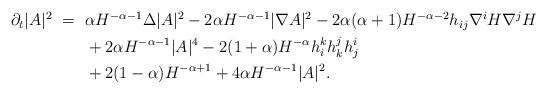
LaTeX: \begin{align*} \begin{aligned} \partial_t|A|^2~=~&\alpha H^{-\alpha-1}\Delta |A|^2-2\alpha H^{-\alpha-1}|\nabla A|^2-2\alpha(\alpha+1)H^{-\alpha-2}h_{ij}\nabla^iH\nabla^jH\\ &+2\alpha H^{-\alpha-1}|A|^4-2(1+\alpha)H^{-\alpha}h_i^kh_k^jh_j^i\\ &+2(1-\alpha)H^{-\alpha+1}+4\alpha H^{-\alpha-1}|A|^2. \end{aligned} \end{align*}